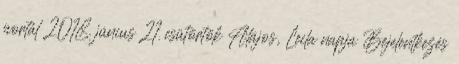
portál 2018. június 21. csütörtök Alajos, Leila napja Bejelentkezés